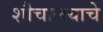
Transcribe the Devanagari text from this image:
शौचालयाचे